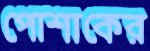
পোশাকের